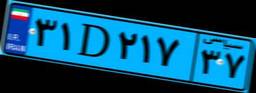
۹۵D۵۸۹۰۰